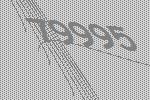
79995